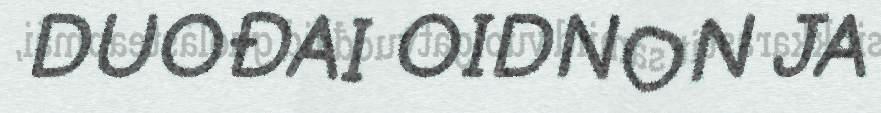
DUOĐAI OIDNON JA